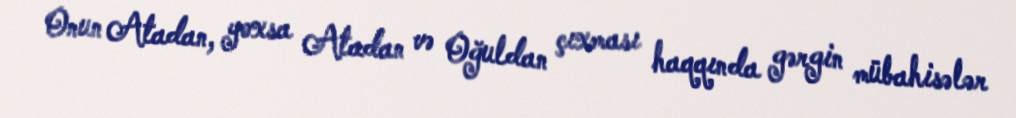
Onun Atadan, yoxsa Atadan və Oğuldan çıxması haqqında gərgin mübahisələr